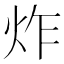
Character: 炸